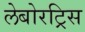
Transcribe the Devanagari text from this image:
लेबोरट्रिस